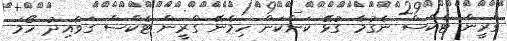
ގްރީން ޓެކްސް ނެގުމާ ގުޅޭ ކަންކަން ހިމެނޭ ގްރީން ޓެކްސް ގަވާއިދު ހޯމަ